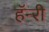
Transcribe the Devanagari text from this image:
हॅन्‍री